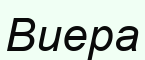
Виера